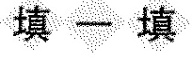
填一填